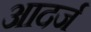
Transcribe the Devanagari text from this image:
आदर्ज